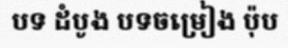
បទ ដំបូង បទចម្រៀង ប៉ុប